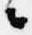
々